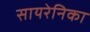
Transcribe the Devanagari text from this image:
सायरेनिका